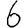
Digit: 6